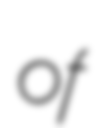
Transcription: of